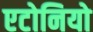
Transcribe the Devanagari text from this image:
एटोनियो